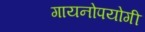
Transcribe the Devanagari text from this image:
गायनोपयोगी